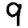
Digit: 9